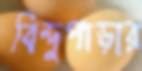
বিন্দুপাড়ার